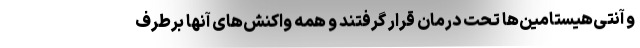
و آنتی‌هیستامین‌ها تحت درمان قرار گرفتند و همه واکنش‌های آنها برطرف